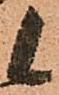
候